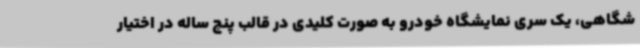
شگاهی، یک سری نمایشگاه خودرو به صورت کلیدی در قالب پنج ساله در اختیار